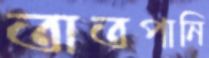
তাতপানি